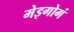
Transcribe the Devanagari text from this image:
मेइगोगं